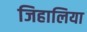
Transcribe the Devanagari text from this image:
जिहालिया